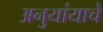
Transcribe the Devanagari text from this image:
अनुयांयाचे